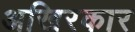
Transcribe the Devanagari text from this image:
अखिरकार